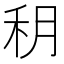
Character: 䄴